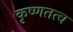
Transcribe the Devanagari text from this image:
कृष्णतत्व